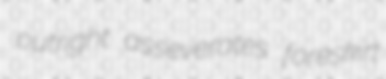
outright asseverates foreskirt